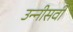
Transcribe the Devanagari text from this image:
उन्‍नीसवी